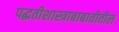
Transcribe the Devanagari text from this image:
पद्धतीशास्त्राबाबातीतील